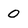
Character: 0